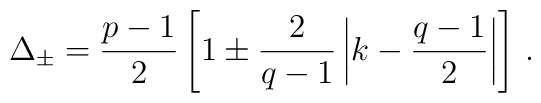
\Delta_{\pm} ={ p-1 \over 2} \left[1 \pm {2 \over q-1} \left|k-{q-1\over 2} \right| \right] \,.